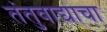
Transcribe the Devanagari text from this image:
तंतुवाद्याचा